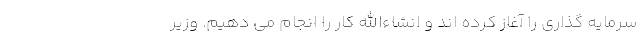
سرمایه گذاری را آغاز کرده اند و انشاءالله کار را انجام می دهیم. وزیر